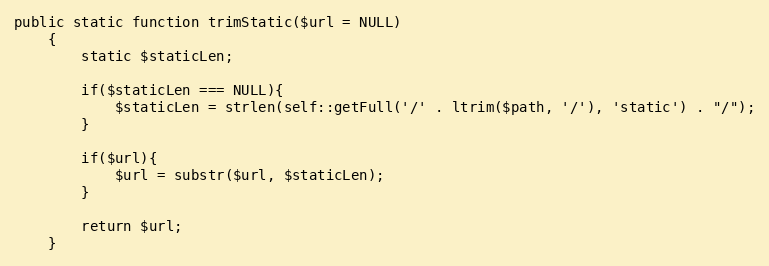
Language: PHP
public static function trimStatic($url = NULL)
    {
        static $staticLen;

        if($staticLen === NULL){
            $staticLen = strlen(self::getFull('/' . ltrim($path, '/'), 'static') . "/");
        }

        if($url){
            $url = substr($url, $staticLen);
        }

        return $url;
    }